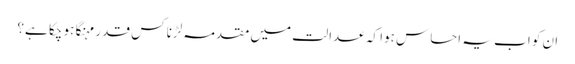
ان کو اب یہ احساس ہوا کہ عدالت میں مقدمہ لڑنا کس قدر مہنگا ہو چکا ہے؟